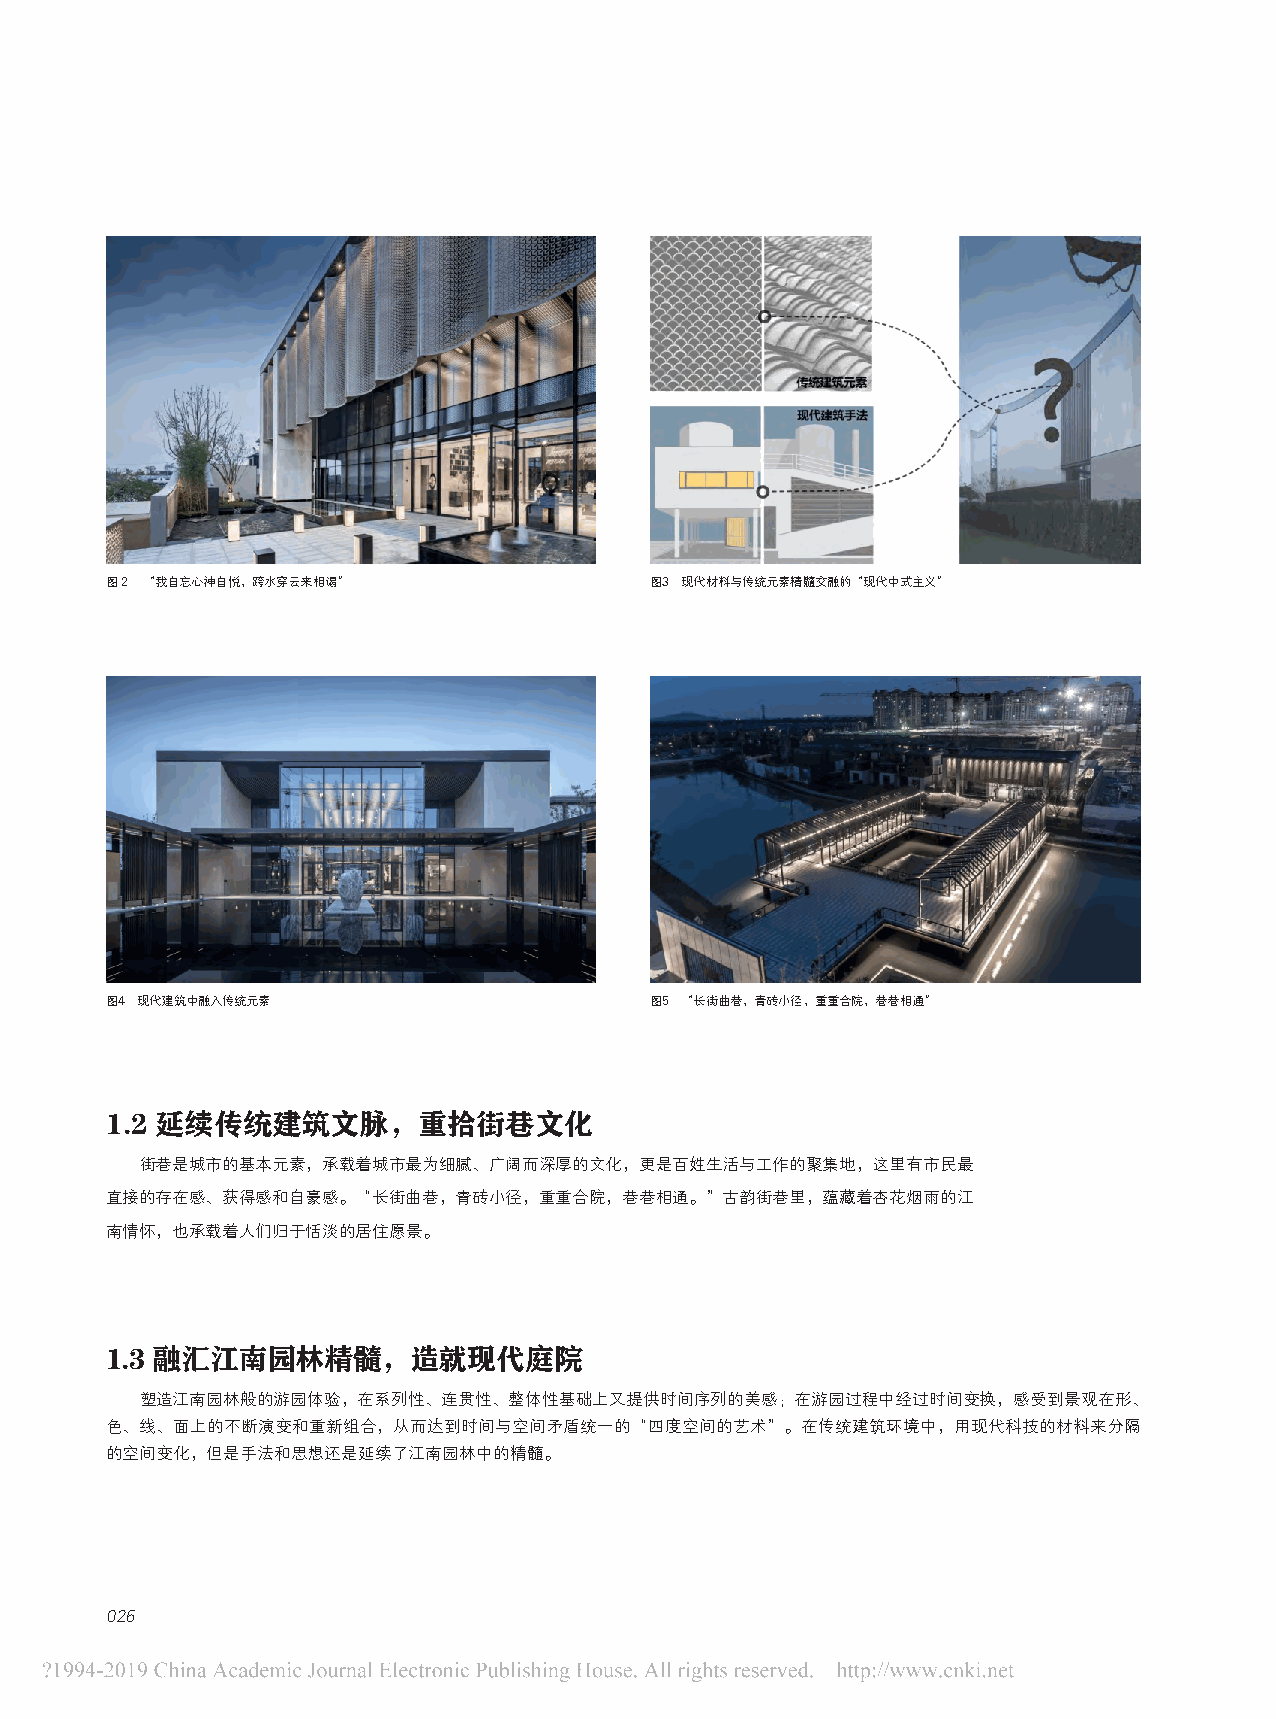
图２ “我自忘心神自悦，跨水穿云来相谒”                图3 现代材料与传统元素精髓交融的“现代中式主义”
 图4 现代建筑中融入传统元素                      图5 “长街曲巷，青砖小径，重重合院，巷巷相通”
 1.2 延续传统建筑文脉，重拾街巷文化
 街巷是城市的基本元素，承载着城市最为细腻、广阔而深厚的文化，更是百姓生活与工作的聚集地，这里有市民最
 直接的存在感、获得感和自豪感。“长街曲巷，青砖小径，重重合院，巷巷相通。”古韵街巷里，蕴藏着杏花烟雨的江
 南情怀，也承载着人们归于恬淡的居住愿景。
 1.3 融汇江南园林精髓，造就现代庭院
 塑造江南园林般的游园体验，在系列性、连贯性、整体性基础上又提供时间序列的美感；在游园过程中经过时间变换，感受到景观在形、
 色、线、面上的不断演变和重新组合，从而达到时间与空间矛盾统一的“四度空间的艺术”。在传统建筑环境中，用现代科技的材料来分隔
 的空间变化，但是手法和思想还是延续了江南园林中的精髓。
 026